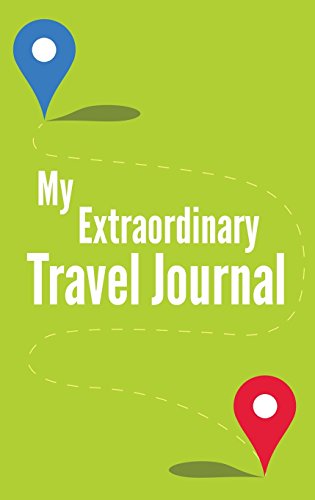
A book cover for My Extraordinary Travel Journal; Lovebook; Literature & Fiction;